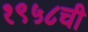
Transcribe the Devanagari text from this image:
१९५८ची